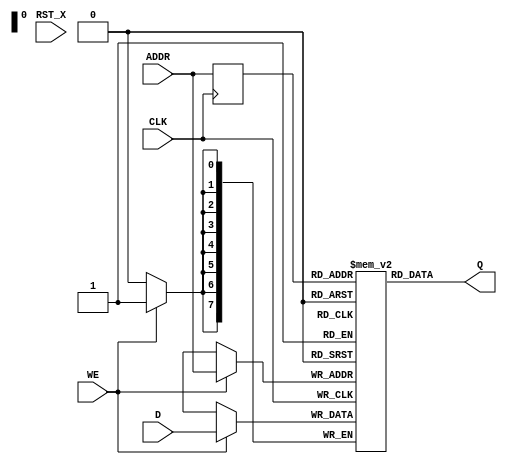
module TOP(CLK, RST_X, ADDR, WE, D, Q);
  input CLK;
  input RST_X;

  input [7:0] ADDR;
  input WE;
  input [7:0] D;
  output [7:0] Q;

  reg [7:0] mem [0:255];
  reg [7:0] d_ADDR;
  
  always @(posedge CLK) begin
    if(WE) mem[ADDR] <= D;
    d_ADDR <= ADDR;
  end
  assign Q = mem[d_ADDR];
  
endmodule